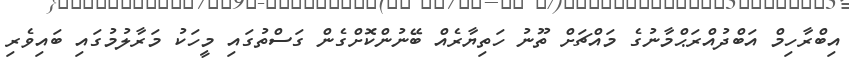
އިބްރާހިމް އަބްދުއްރަޙްމާނުގެ މައްޗަށް ތޫނު ހަތިޔާރެއް ބޭނުންކޮށްގެން ގަސްތުގައި މީހަކު މަރާލުމުގައި ބައިވެރި